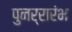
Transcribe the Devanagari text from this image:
पुनर्रारंभ